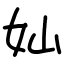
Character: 奾